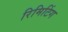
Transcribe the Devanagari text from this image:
रिमिटिंग